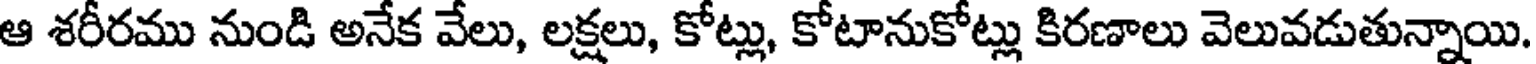
ఆ శరీరము నుండి అనేక వేలు, లక్షలు, కోట్లు, కోటానుకోట్లు కిరణాలు వెలువడుతున్నాయి